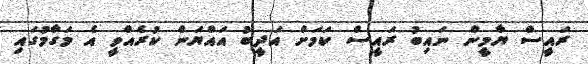
ރައީސް ޔާމީން ނައިބު ރައީސް ކަމަށް އަދީބު އައްޔަން ކުރެއްވީ އެ މަގާމުގައި